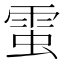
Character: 𧌙